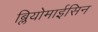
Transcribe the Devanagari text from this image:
ब्लियोमाईसिन